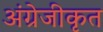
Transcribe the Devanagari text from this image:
अंग्रेजीकृत